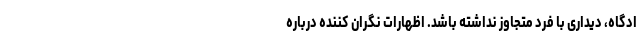
ادگاه، دیداری با فرد متجاوز نداشته باشد. اظهارات نگران کننده درباره